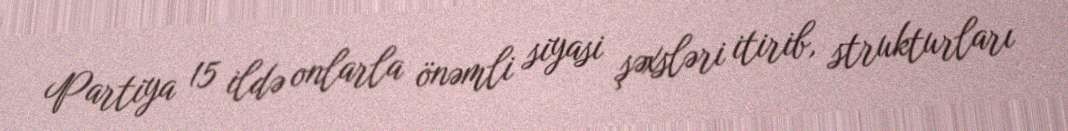
Partiya 15 ildə onlarla önəmli siyasi şəxsləri itirib, strukturları